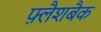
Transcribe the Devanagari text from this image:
फ़्लैशबैक